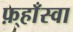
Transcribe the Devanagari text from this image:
फ़्हाँस्वा